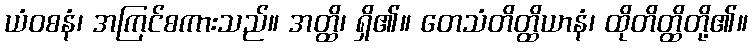
ယံဝစနံ၊ အကြင်စကားသည်။ အတ္ထိ၊ ရှိ၏။ တေသံတိတ္ထိယာနံ၊ ထိုတိတ္ထိတို့၏။